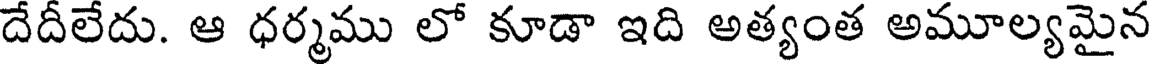
దేదీలేదు. ఆ ధర్మము లో కూడా ఇది అత్యంత అమూల్యమైన